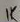
Text: 1K